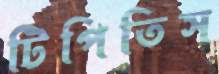
টিপিতিস